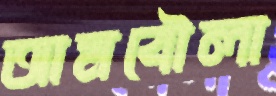
আমবৌলা